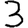
Digit: 3